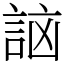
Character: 𧧣